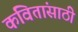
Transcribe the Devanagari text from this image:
कवितांसाठी